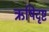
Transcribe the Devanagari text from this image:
ऋषिदृष्ट